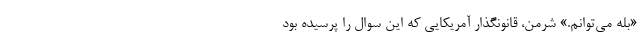
«بله می‌توانم.» شرمن، قانونگذار آمریکایی که این سوال را پرسیده بود